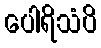
ပေါရိသံပိ